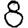
Digit: 8